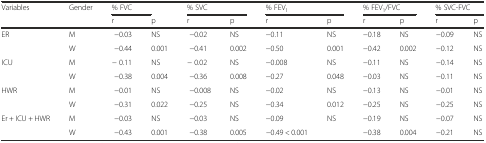
| <ROWSPAN=2> Variables | <ROWSPAN=2> Gender | % FVC |  | <COLSPAN=2> % SVC | <COLSPAN=2> % FEV1 | <COLSPAN=2> % FEV1/FVC | <COLSPAN=2> % SVC-FVC |
 | r | p | r | p | r | p | r | p | r | p |
 | --- | --- | --- | --- | --- | --- | --- | --- | --- | --- | --- | --- |
 | <ROWSPAN=2> ER | M | −0.03 | NS | −0.02 | NS | −0.11 | NS | −0.18 | NS | −0.09 | NS |
 | W | −0.44 | 0.001 | −0.41 | 0.002 | −0.50 | 0.001 | −0.42 | 0.002 | −0.12 | NS |
 | <ROWSPAN=2> ICU | M | − 0.11 | NS | − 0.02 | NS | −0.008 | NS | −0.11 | NS | −0.14 | NS |
 | W | −0.38 | 0.004 | −0.36 | 0.008 | −0.27 | 0.048 | −0.03 | NS | −0.11 | NS |
 | <ROWSPAN=2> HWR | M | −0.01 | NS | −0.008 | NS | −0.02 | NS | −0.13 | NS | −0.01 | NS |
 | W | −0.31 | 0.022 | −0.25 | NS | −0.34 | 0.012 | −0.25 | NS | −0.25 | NS |
 | <ROWSPAN=2> Er + ICU + HWR | M | −0.03 | NS | −0.03 | NS | −0.09 | NS | −0.19 | NS | −0.07 | NS |
 | W | −0.43 | 0.001 | −0.38 | 0.005 | −0.49 < 0.001 |  | −0.38 | 0.004 | −0.21 | NS |